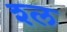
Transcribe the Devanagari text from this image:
श्‍ल